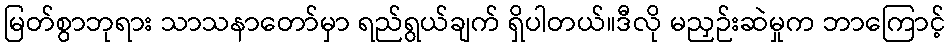
မြတ်စွာဘုရား သာသနာတော်မှာ ရည်ရွယ်ချက် ရှိပါတယ်။ဒီလို မညှဉ်းဆဲမှုက ဘာကြောင့်